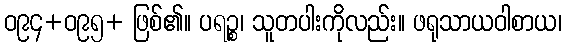
ဝ၉၄+ဝ၉၅+ ဖြစ်၏။ ပရဉ္စ၊ သူတပါးကိုလည်း။ ဖရုသာယဝါစာယ၊